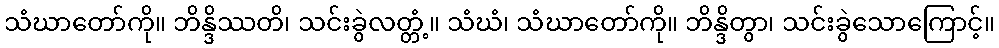
သံဃာတော်ကို။ ဘိန္ဒိဿတိ၊ သင်းခွဲလတ္တံ့။ သံဃံ၊ သံဃာတော်ကို။ ဘိန္ဒိတွာ၊ သင်းခွဲသောကြောင့်။